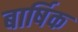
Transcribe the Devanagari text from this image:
बार्षिक